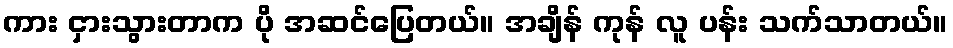
ကား ငှားသွားတာက ပို အဆင်ပြေတယ်။ အချိန် ကုန် လူ ပန်း သက်သာတယ်။